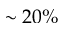
\sim 2 0 \%